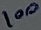
Text: 100